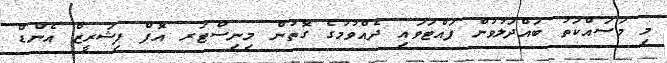
މި މަސައްކަތު ބައްދަލުވުން ފައްޓަވައި ދެއްވުމުގެ ގޮތުން މިނިސްޓަރ އޮފް ފިޝަރީޒް އެންޑް